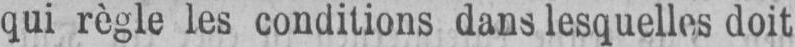
qui règle les conditions dans lesquelles doit